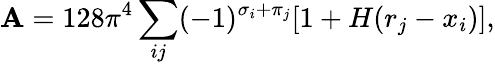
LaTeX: {\cal\mathbf{A}}=128\pi^{4}\sum_{ij}(-1)^{\sigma_{i}+\pi_{j}}[1+H(r_{j}-x_{i})],